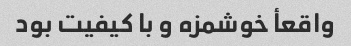
واقعأ خوشمزه و با کیفیت بود